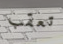
تعقب